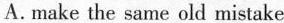
A. make the same old mistake